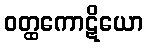
ဝတ္ထကောဋိယော